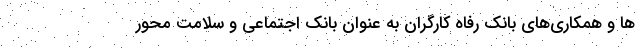
ها و همکاری‌های بانک رفاه کارگران به عنوان بانک اجتماعی و سلامت محور